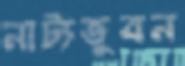
নাট্যভুবন